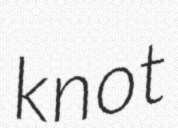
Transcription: knot